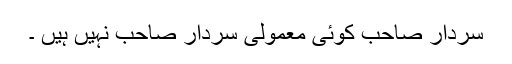
سردار صاحب کوئی معمولی سردار صاحب نہیں ہیں ۔